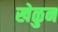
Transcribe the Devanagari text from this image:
खेळुन